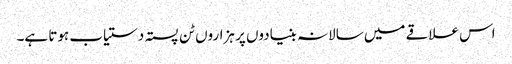
اس علاقے میں سالانہ بنیادوں پر ہزاروں ٹن پستہ دستیاب ہوتا ہے۔